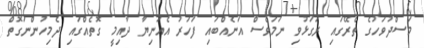
މަސްދުވަހުގެ ތެރޭގައި ރަގަޅުވި ނަމަވެސް އަނެއްބައި ފަހަރު އެއަނިޔާ ދާއިމީ ގޮތެއްގައި ދެމިހުންނަގޮތް